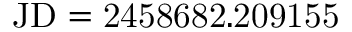
\mathrm { J D = 2 4 5 8 6 8 2 . 2 0 9 1 5 5 }